Document type: Acquittal of debt
Year: 1424
Scribe: Francesc de Casanoves
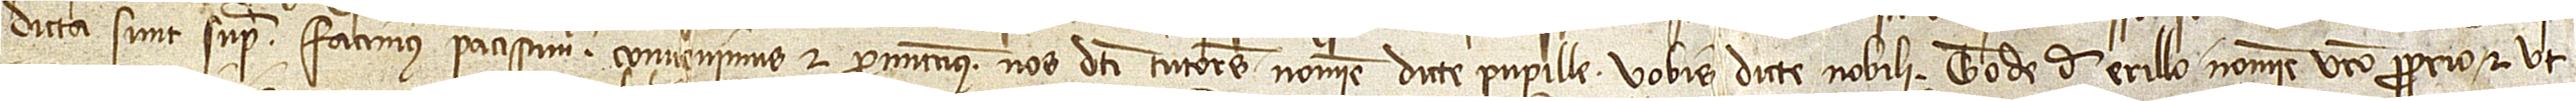
dicta sunt supra facimus, paciscimur, convenimus et promittimus nos dicti tutores nomine dicte pupille vobis dicte nobili Tode de Erillo nomine vestro proprio, et ut